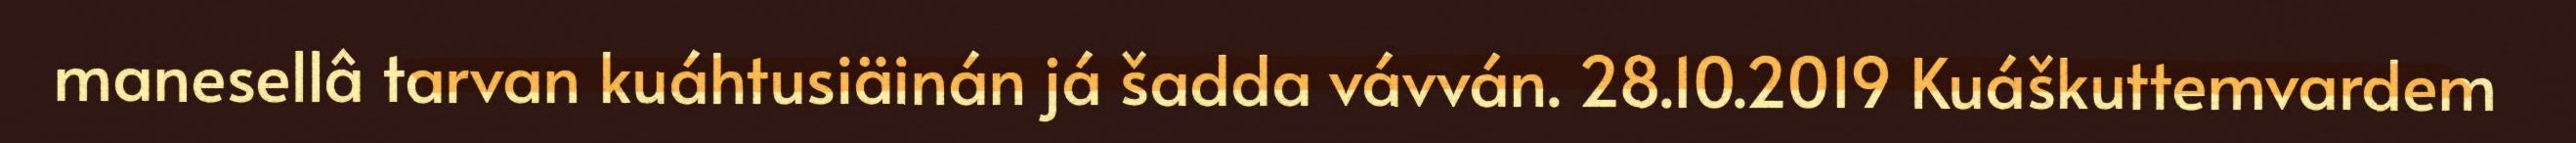
manesellâ tarvan kuáhtusiäinán já šadda vávván. 28.10.2019 Kuáškuttemvardem